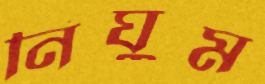
নিঘুম